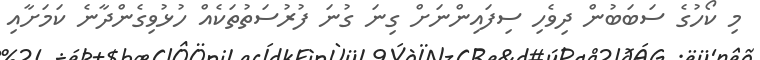
މި ކޯހުގެ ސަބަބުން ދިވެހި ސިފައިންނަށް ގިނަ ގުނަ ފުރުސަތުތަކެއް ހުޅުވިގެންދާނެ ކަމަށާއި